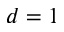
d = 1